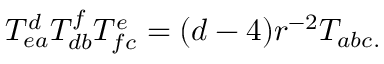
T _ { e a } ^ { d } T _ { d b } ^ { f } T _ { f c } ^ { e } = ( d - 4 ) r ^ { - 2 } T _ { a b c . }